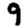
Digit: 9